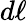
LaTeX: d\ell